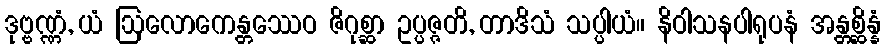
ဒုဗ္ဗဏ္ဏံ, ယံ ဩလောကေန္တဿေဝ ဇိဂုစ္ဆာ ဥပ္ပဇ္ဇတိ, တာဒိသံ သပ္ပါယံ။ နိဝါသနပါရုပနံ အန္တစ္ဆိန္နံ